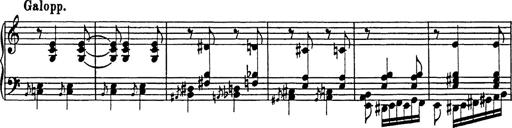
Title: Galop in A minor
Composer: Franz Liszt
Key: A minor